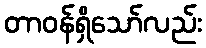
တာဝန်ရှိသော်လည်း